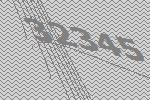
32345